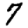
Digit: 7